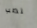
نصب